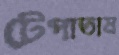
টেপাতাম